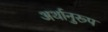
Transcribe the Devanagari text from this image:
अर्थानुरूप